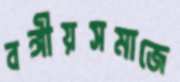
বঙ্গীয়সমাজে